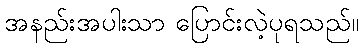
အနည်းအပါးသာ ပြောင်းလဲ့ပုရသည်။